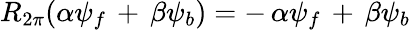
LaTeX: R_{2\pi}({\alpha}{\psi}_{f}\, +\, {\beta}{\psi}_{b})=-\, {\alpha}{\psi}_{f}\, +\, {\beta}{\psi}_{b}